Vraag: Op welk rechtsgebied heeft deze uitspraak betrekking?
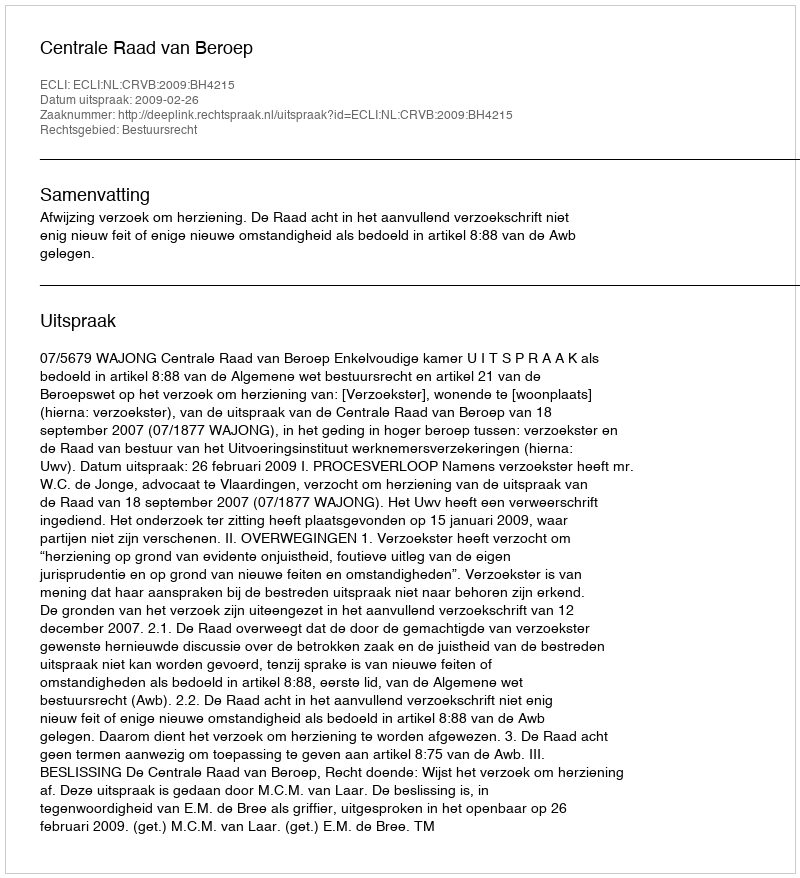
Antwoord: Bestuursrecht